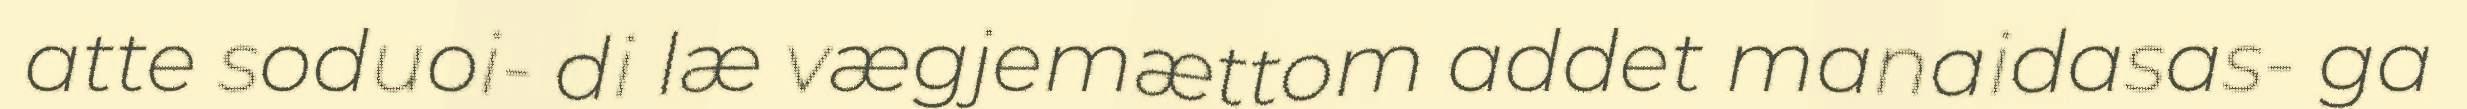
atte soduoi- di læ vægjemættom addet manaidasas- ga